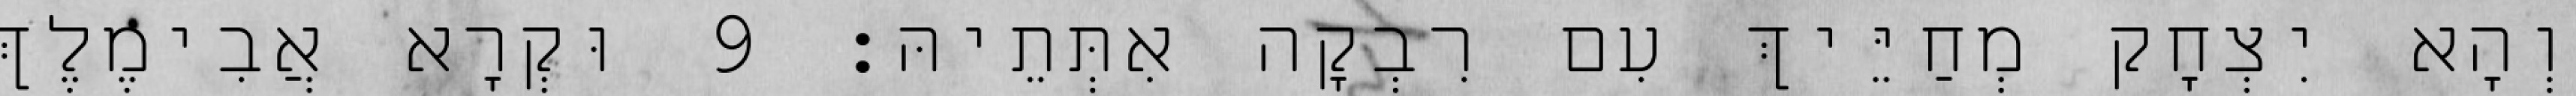
וְהָא יִצְחָק מְחַיֵּיךְ עִם רִבְקָה אִתְּתֵיהּ׃ 9 וּקְרָא אֲבִימֶלֶךְ